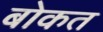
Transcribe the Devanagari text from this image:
बोकत